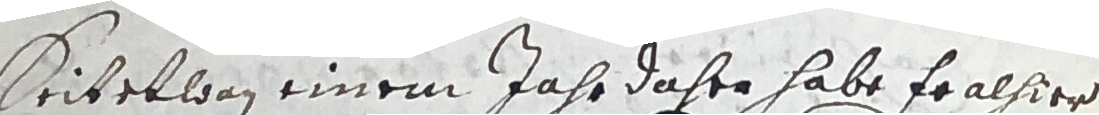
Seitetwan einem jahr daher habe fralhier